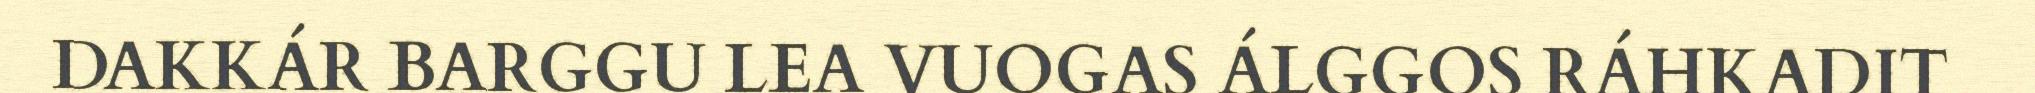
DAKKÁR BARGGU LEA VUOGAS ÁLGGOS RÁHKADIT